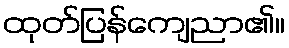
ထုတ်ပြန်ကျေညာ၏။